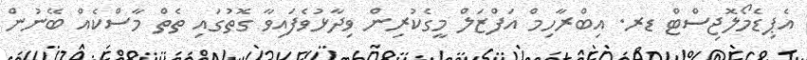
އެޕިޑެމޯލޮޖިސްޓް ޑރ. އިބްރާހިމް އަފްޒަލް މީގެކުރިން ވިދާޅުވެފައިވާ ގޮތުގައި ތެތް މާސްކެއް ބޭނުން